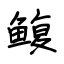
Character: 鳆